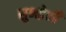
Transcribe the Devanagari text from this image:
सुभद्रेशी